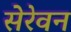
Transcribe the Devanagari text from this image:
सेरेवन